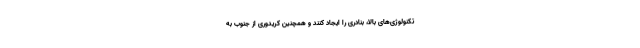
تکنولوژی‌های بالا، بنادری را ایجاد کنند و همچنین کریدوری از جنوب به